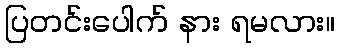
ပြတင်းပေါက် နား ရမလား။